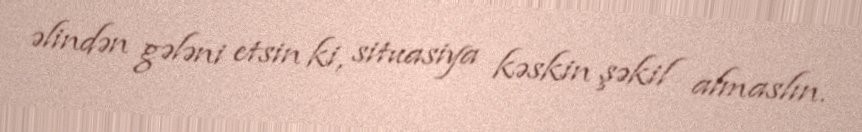
əlindən gələni etsin ki, situasiya kəskin şəkil almaslın.